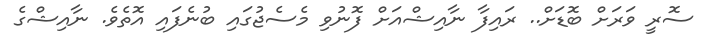
ސޮރީ ވަރަށް ބޮޑަށް.. ރައިފާ ނާއިޝްއަށް ފޮނުވި މެސެޖުގައި ބުނެފައި އޮތެވެ. ނާއިޝްގެ